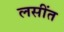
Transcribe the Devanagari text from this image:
लसींत